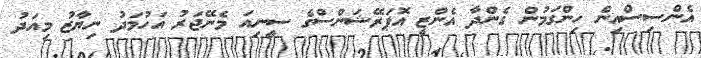
އެންސިސްއިން ހިންގަމުން ގެންދާ އެންޒީ އޮޕަރޭޝަންސްގެ ސީނިއަ މެނޭޖަރު އަހުމަދު ނިޔާޒު މިއަދު